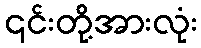
၎င်းတို့အားလုံး